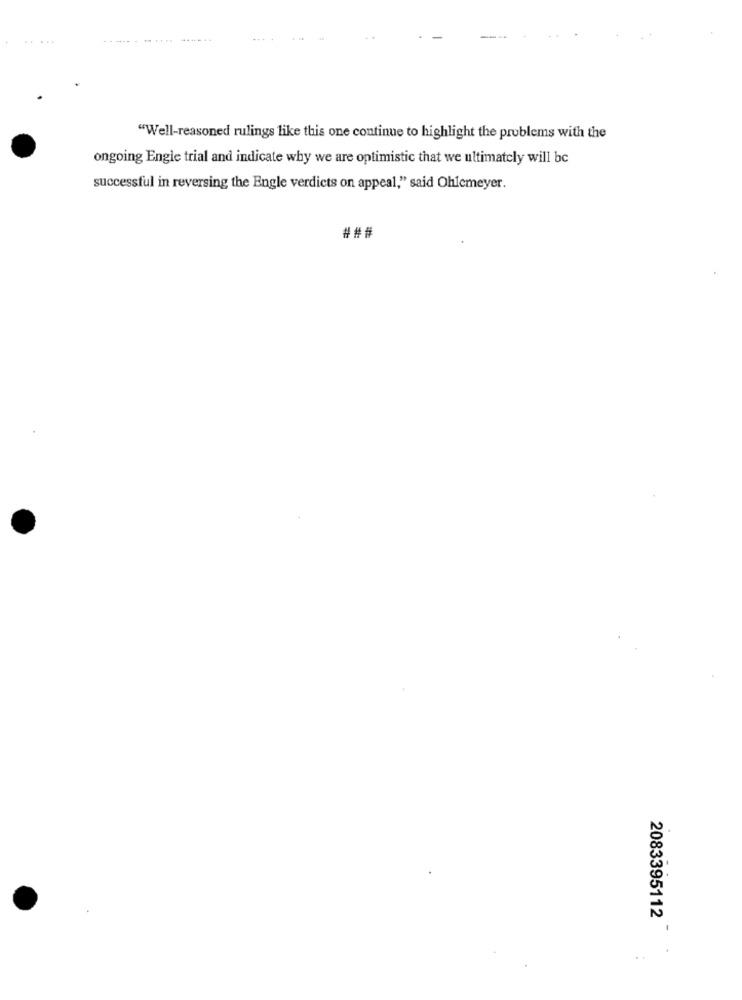
.....
....
"Well-reasoned rulings like this one continue to highlight the problems with the
ongoing Engle trial and indicate why we are optimistic that we ultimately will bc
successful in reversing the Engle verdicts on appeal," said Ohlemeyer.
###
2083395112
1